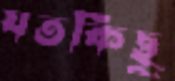
যতকিছু